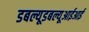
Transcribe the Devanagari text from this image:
डबल्यूडबल्यूआईआई